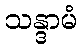
သန္ဒာမံ